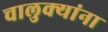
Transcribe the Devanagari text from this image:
चालुक्यांना